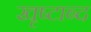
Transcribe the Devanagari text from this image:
खृष्टाब्द